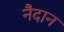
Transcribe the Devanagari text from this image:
नैदान